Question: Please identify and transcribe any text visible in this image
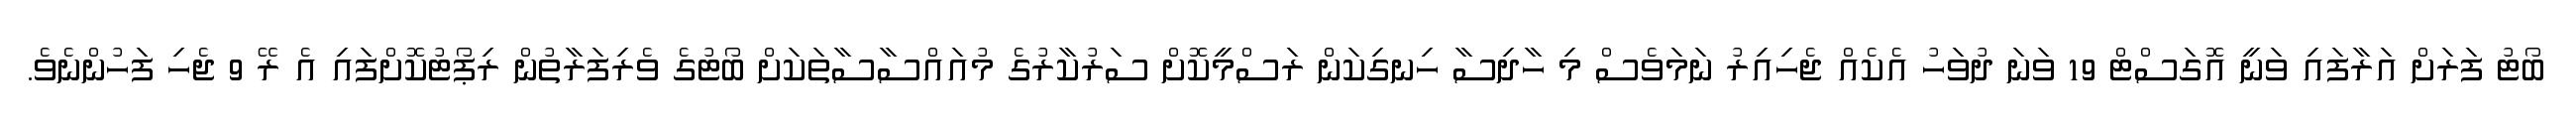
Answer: ބޯޓު ފަރަށް އަރާފައި ވަނީ އޮގަސްޓް 19 ވަނަ ދުވަހު އެކެއް ޖެހިއިރު ނަމަވެސް މި ހާދިސާ ހިނގިކަން ރަސްމީކޮށް ސަރުކާރުގެ މުއައްސާސާތަކަށް ބޯޓުގެ ވެރިފަރާތުން ރިޕޯޓުކޮށްފައި އެ ރޭ 9 ޖެހި ފަހުންނެވެ.